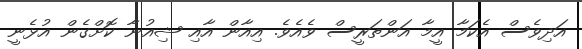
އަދިވެސް އެކަމާ އީމާ އަންތަރީސް ވެއެވެ. އިއާން އާއި ޝިއުނާ ކޮށްގެން އުޅެނީ